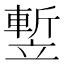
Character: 𥪭